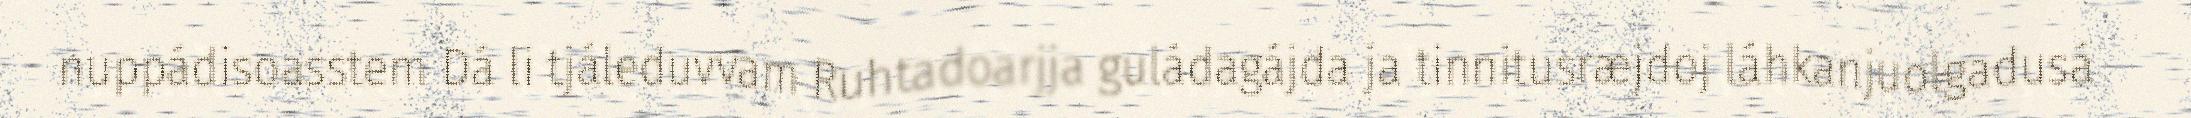
nuppádisoasstem Dá li tjáleduvvam Ruhtadoarjja guládagájda ja tinnitusræjdoj láhkanjuolgadusá